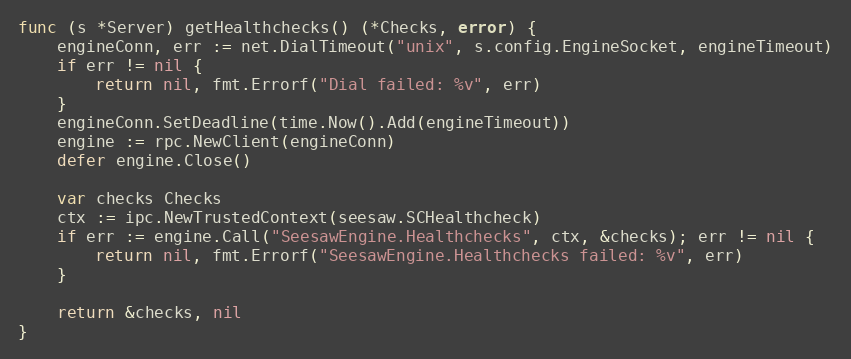
Language: Go
func (s *Server) getHealthchecks() (*Checks, error) {
	engineConn, err := net.DialTimeout("unix", s.config.EngineSocket, engineTimeout)
	if err != nil {
		return nil, fmt.Errorf("Dial failed: %v", err)
	}
	engineConn.SetDeadline(time.Now().Add(engineTimeout))
	engine := rpc.NewClient(engineConn)
	defer engine.Close()

	var checks Checks
	ctx := ipc.NewTrustedContext(seesaw.SCHealthcheck)
	if err := engine.Call("SeesawEngine.Healthchecks", ctx, &checks); err != nil {
		return nil, fmt.Errorf("SeesawEngine.Healthchecks failed: %v", err)
	}

	return &checks, nil
}